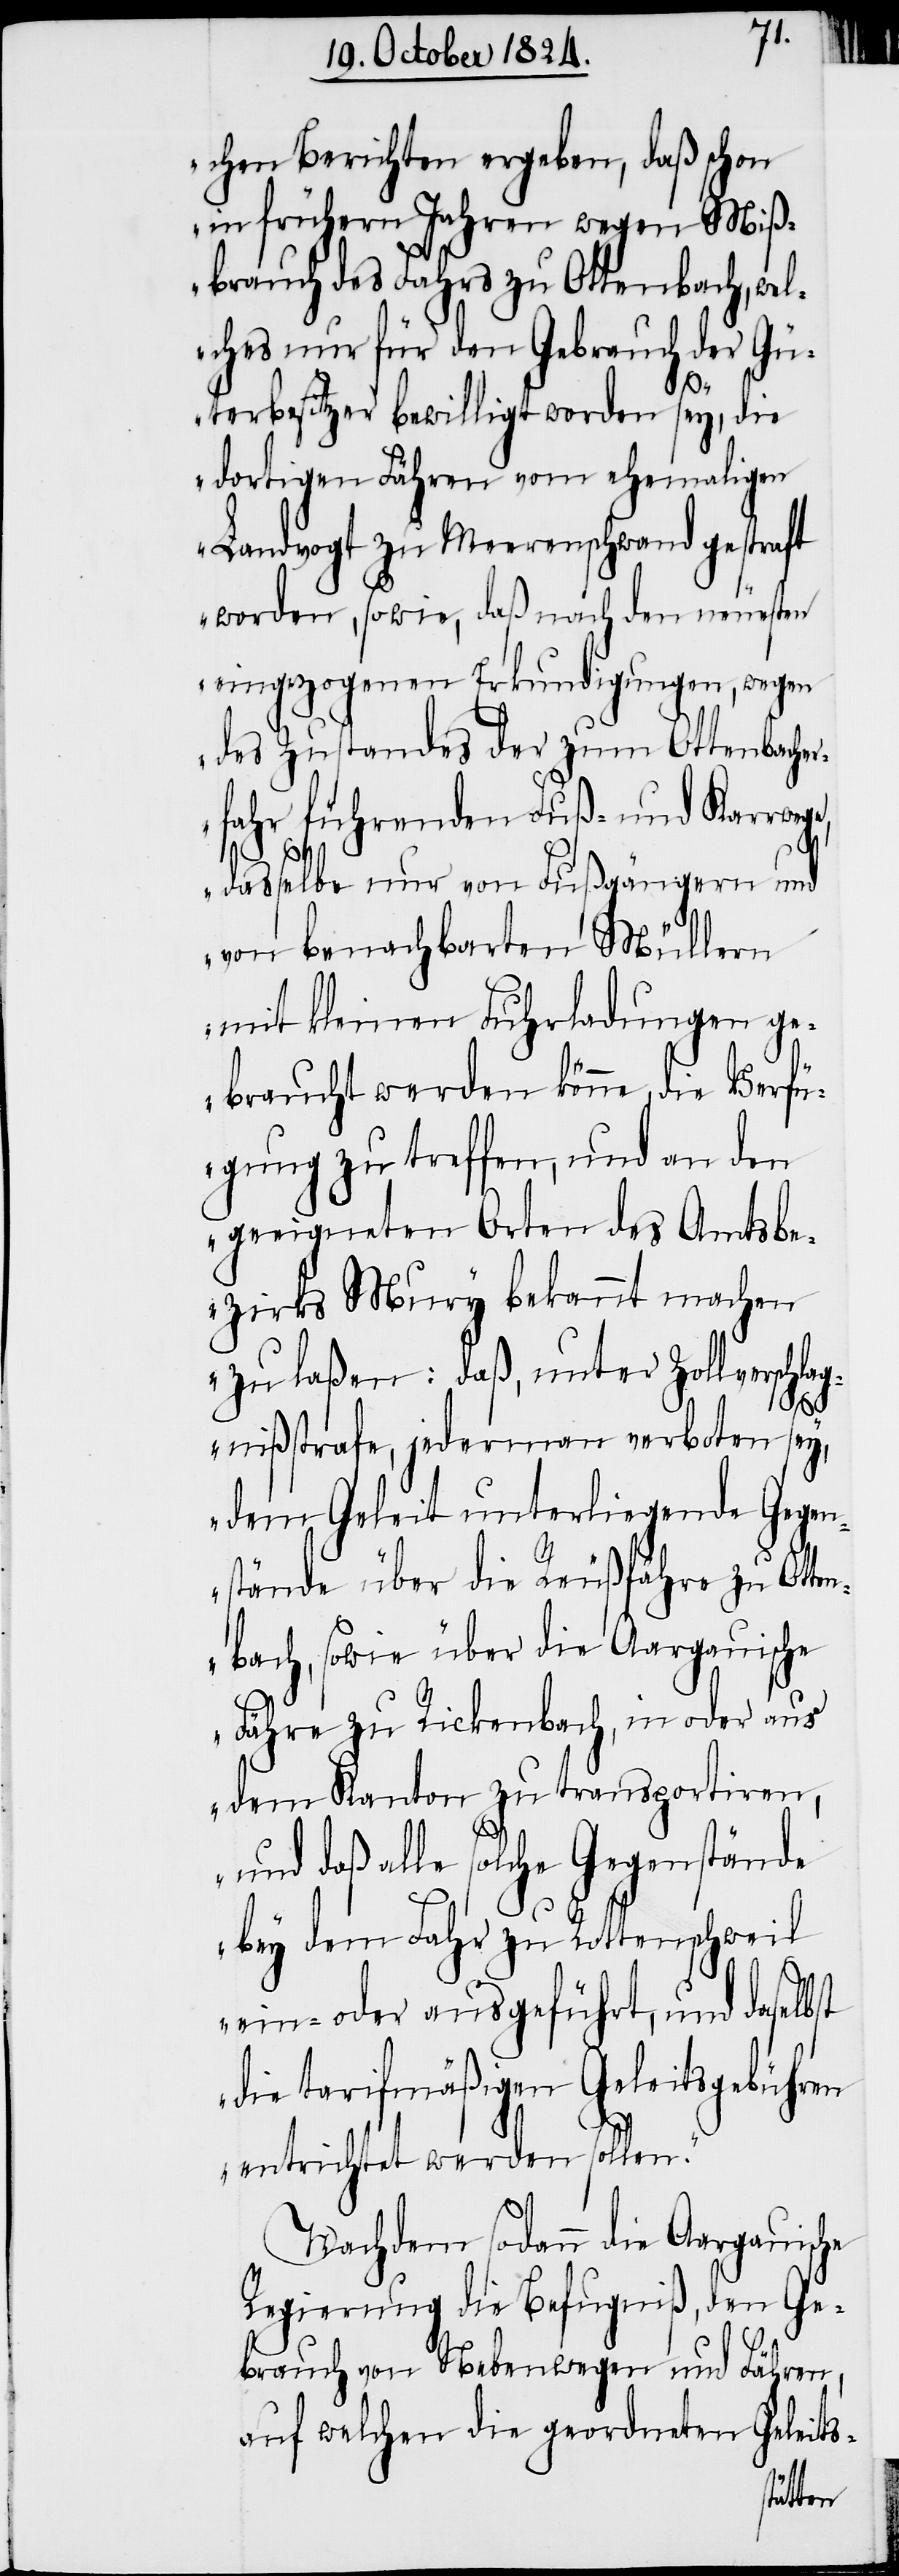
chen Berichten ergeben, daß schon
in frühern Jahren wegen Miß¬
brauch des Fahrs zu Ottenbach, wel¬
ches nur für den Gebrauch der Gü¬
terbesitzer bewilligt worden sey, die
dortigen Fähren vom ehemaligen
Landvogt zu Meerenschwand gestraft
worden, sowie, daß nach den neuesten
eingezogenen Erkundigungen, wegen
des Zustandes der zum Ottenbache¬
rfahr führenden Fuß- und Karrwege,
dasselbe nur von Fußgängern und
von benachbarten Müllern
mit kleinen Fuhrladungen ge¬
braucht werden könne, die Verf¬
ügung zu treffen, und an den
geeigneten Orten des Amtsbe¬
zirks Mury bekannt machen
zu laßen: daß, unter Zollverschla¬
gnißstrafe, jedermann verboten sey,
dem Geleit unterliegende Gegen¬
stände über die Reußfähre zu Otte¬
nbach, sowie über die Aargauische
Fähre zu Rickenbach, in oder aus
dem Kanton zu transportiren,
und daß alle solche Gegenstände
bey dem Fahr zu Rottenschweil
ein- oder ausgeführt, und daselbst
die tarifmäßigen Geleitsgebühren
entrichtet werden sollen.“
Nachdem sodann die Aargauische
Regierung die Befugniß, den Ge¬
brauch von Nebenwegen und Fähren,
auf welchen die geordneten Geleits-